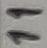
Text: 11